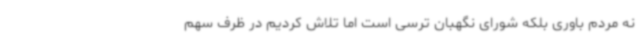
نه مردم باوری بلکه شورای نگهبان ترسی است اما تلاش کردیم در ظرف سهم